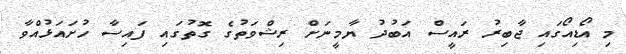
މި އޯޑިއޯގައި ޖާބިރު ރައީސް އަބުދު ޔާމީނަށް ރިޝްވަތުގެ ގޮތުގައި ފައިސާ ހުށައަޅުއްވާ